Leaving Certificate Examination, 1916
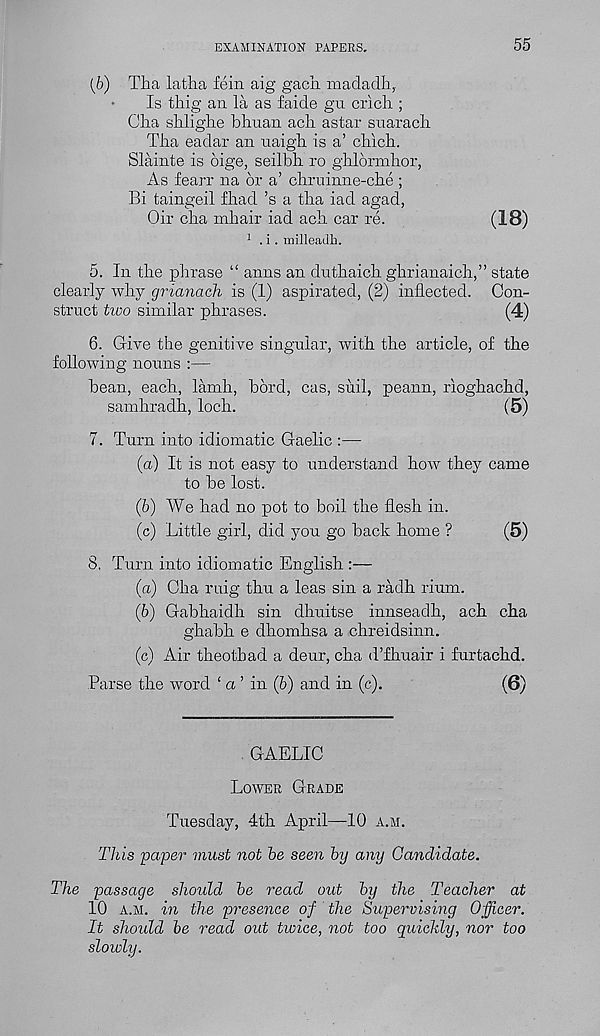
EXAMINATION PAPERS.
55
{b) Tha latha fein aig gacii madaclli,
Is thig an la as faicle gu crich ;
Glia sklighe bhuan acli astar suarach
Tha eadar an uaigb is a’ cliicli.
Slainte is dige, seilbh ro ghldrmhor,
As fearr na or a’ cbruinne-cbe ;
Bi taingeil Iliad’s a tlia iad agad,
Oir cha inhair iad acli car re.
(18)
1 . i. milleadh.
5. In the phrase “ anns an dnthaich gkrianaich,” state
clearly why grianach is (1) aspirated, (2) inflected. Con-
struct two similar phrases.
(4)
6. Give the genitive singular, with the article, of the
following nouns :—
bean, each, lamh, bord, cas, siiil, peann, rioghachd,
samhradh, loch.
(5)
7. Turn into idiomatic Gaelic :—
(a) It is not easy to understand how they came
to be lost.
(b) We had no pot to boil the flesh in.
(c) Little girl, did you go back home ?
(5)
8. Turn into idiomatic English :—
(а) Cha riiig thu a leas sin a radh rium.
(б) Gabhaidh sin dhuitse innseadh, ach cha
ghabh e dhomhsa a chreidsinn.
(c) Air theotbad a deur, cha d’fhuair i furtachd.
Parse the word ‘ a ’ in (b) and in (c).
(6)
GAELIC
Lower Grade
Tuesday, 4th April—10 a.m.
This paper must not be seen by any Candidate.
The passage should be read out by the Teacher at
10 a.m. in the presence of the Supervising Officer.
It should be read out twice, not too quickly, nor too
slowly.